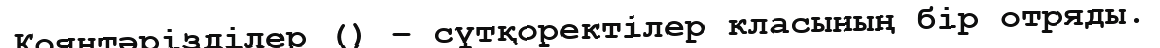
Қоянтәрізділер () – сүтқоректілер класының бір отряды.